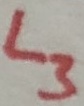
Text: L3